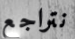
نتراجع